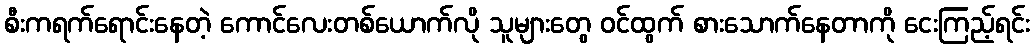
စီးကရက်ရောင်းနေတဲ့ ကောင်လေးတစ်ယောက်လို သူများတွေ ဝင်ထွက် စားသောက်နေတာကို ငေးကြည့်ရင်း